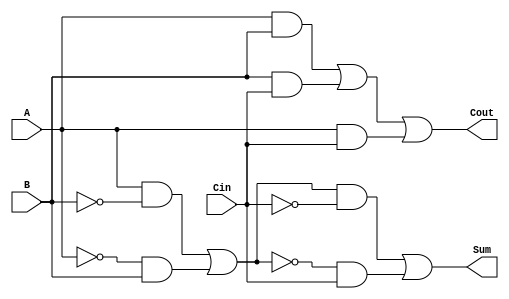
module TransmissionGateFullAdder (
    input wire A,      // First input bit
    input wire B,      // Second input bit
    input wire Cin,    // Carry-in bit
    output wire Sum,   // Sum output
    output wire Cout   // Carry-out output
);

    // Intermediate signals for Sum calculation
    wire AB_xor;       // A XOR B
    wire Sum_temp;     // (A XOR B) XOR Cin

    // Intermediate signals for Carry-out calculation
    wire AB_and;       // A AND B
    wire BC_and;       // B AND Cin
    wire AC_and;       // A AND Cin
    wire Cout_temp;    // Intermediate Carry-out

    // Transmission gates for Sum calculation
    assign AB_xor = (A & ~B) | (~A & B); // A XOR B
    assign Sum_temp = (AB_xor & ~Cin) | (~AB_xor & Cin); // (A XOR B) XOR Cin
    assign Sum = Sum_temp;

    // Transmission gates for Carry-out calculation
    assign AB_and = A & B;               // A AND B
    assign BC_and = B & Cin;             // B AND Cin
    assign AC_and = A & Cin;             // A AND Cin
    assign Cout_temp = AB_and | BC_and | AC_and; // Cout = (A AND B) OR (B AND Cin) OR (A AND Cin)
    assign Cout = Cout_temp;

endmodule